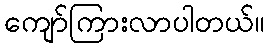
ကျော်ကြားလာပါတယ်။